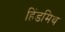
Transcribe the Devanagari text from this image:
हिंडमिथ